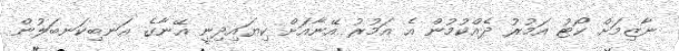
ނާޒިމަށް ކޯޓު އަމުރު ދެއްކުމުން އެ އަމުރު އޭނާއަށް ކިޔައިދިނީ އޭނާގެ އަނބިކަނބަލުން